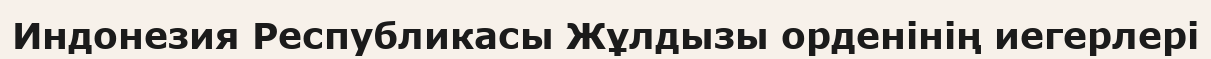
Индонезия Республикасы Жұлдызы орденінің иегерлері